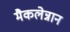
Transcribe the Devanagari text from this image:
मैकलेन्नान